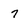
Character: 7